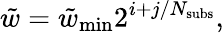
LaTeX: \tilde{w}=\tilde{w}_{\mathrm{min}}2^{i+j/N_{\mathrm{subs}}},